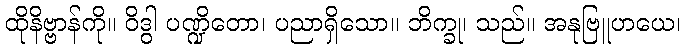
ထိုနိဗ္ဗာန်ကို။ ဝိဒွါ ပဏ္ဍိတော၊ ပညာရှိသော။ ဘိက္ခု၊ သည်။ အနုဗြူဟယေ၊